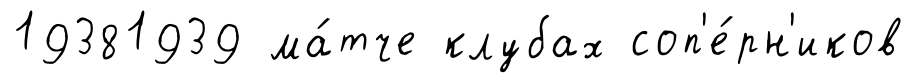
19381939 ма́тче клубах соп'е́рн'иков